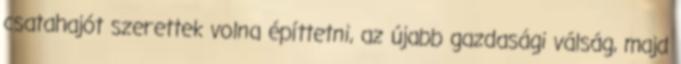
csatahajót szerettek volna építtetni, az újabb gazdasági válság, majd